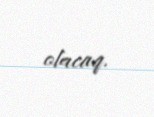
olacaq.